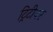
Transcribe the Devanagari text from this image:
ट्रिटीवर